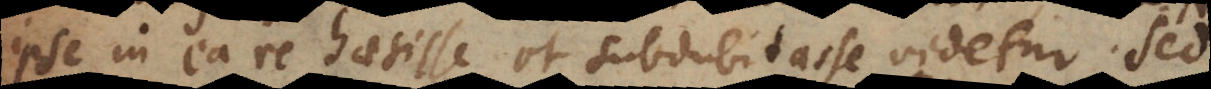
ipse in ea re haesisse et subdubitasse videtur. Sed